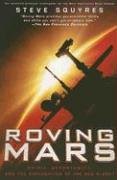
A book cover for Roving Mars: Spirit, Opportunity, and the Exploration of the Red Planet; Steve Squyres; Science & Math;